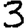
Digit: 3